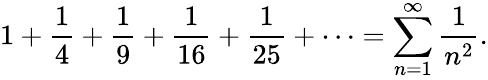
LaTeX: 1+{\frac{1}{4}}+{\frac{1}{9}}+{\frac{1}{16}}+{\frac{1}{25}}+\cdots=\sum_{n=1}^{\infty}{\frac{1}{n^{2}}}.